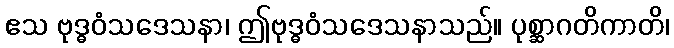
ဧသ ဗုဒ္ဓဝံသဒေသနာ၊ ဤဗုဒ္ဓဝံသဒေသနာသည်။ ပုစ္ဆာဂတိကာတိ၊